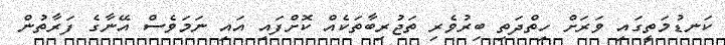
ކަނޑުމަތީގައި ވަރަށް ހިތްދަތި ބިރުވެރި ތަޖުރިބާތަކެއް ކޮށްފައި އައި ނަމަވެސް އޭނާގެ ފަރާތުން